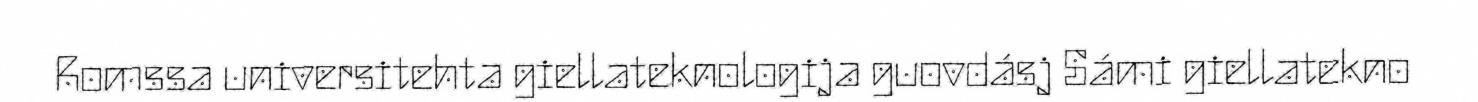
Romssa universitehta giellateknologija guovdásj Sámi giellatekno